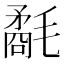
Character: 氄